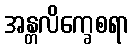
အန္တလိက္ခေစရာ